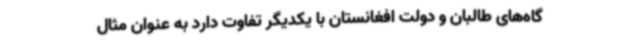
گاه‌های طالبان و دولت افغانستان با یکدیگر تفاوت دارد به عنوان مثال